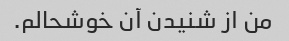
من از شنیدن آن خوشحالم.